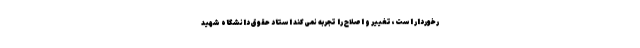
رخوردار است، تغییر و اصلاح را تجربه نمی‌کند استاد حقوق دانشگاه شهید